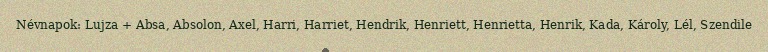
Névnapok: Lujza + Absa, Absolon, Axel, Harri, Harriet, Hendrik, Henriett, Henrietta, Henrik, Kada, Károly, Lél, Szendile